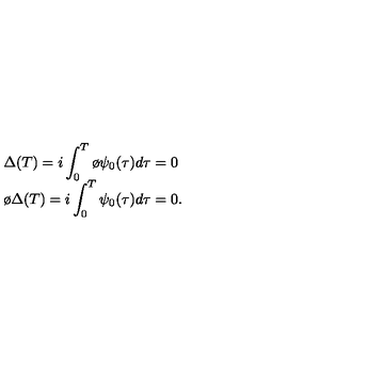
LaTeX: \begin{array} { l } { \Delta ( T ) = i \displaystyle \int _ { 0 } ^ { T } \o { \psi } _ { 0 } ( \tau ) d \tau = 0 } \\ { \o { \Delta } ( T ) = i \displaystyle \int _ { 0 } ^ { T } \psi _ { 0 } ( \tau ) d \tau = 0 . } \\ \end{array}